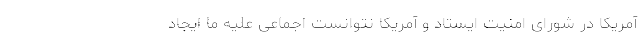
آمریکا در شورای امنیت ایستاد و آمریکا نتوانست اجماعی علیه ما ایجاد